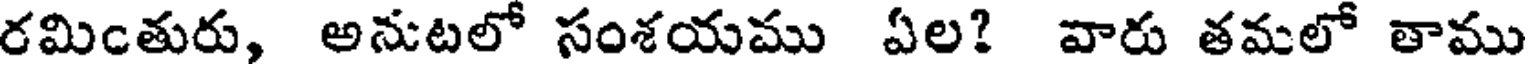
రమింతురు, అనుటలో సంశయము ఏల? వారు తమలో తాము